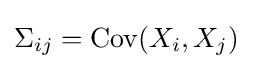
\Sigma _{ij}=\operatorname {Cov} (X_{i},X_{j})